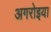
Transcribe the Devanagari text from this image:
अगरोइया